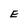
Character: E